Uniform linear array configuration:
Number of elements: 8
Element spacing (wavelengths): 1
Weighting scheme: kaiser
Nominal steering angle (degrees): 0
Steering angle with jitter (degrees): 1.933
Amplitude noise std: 0.05
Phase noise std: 0.05

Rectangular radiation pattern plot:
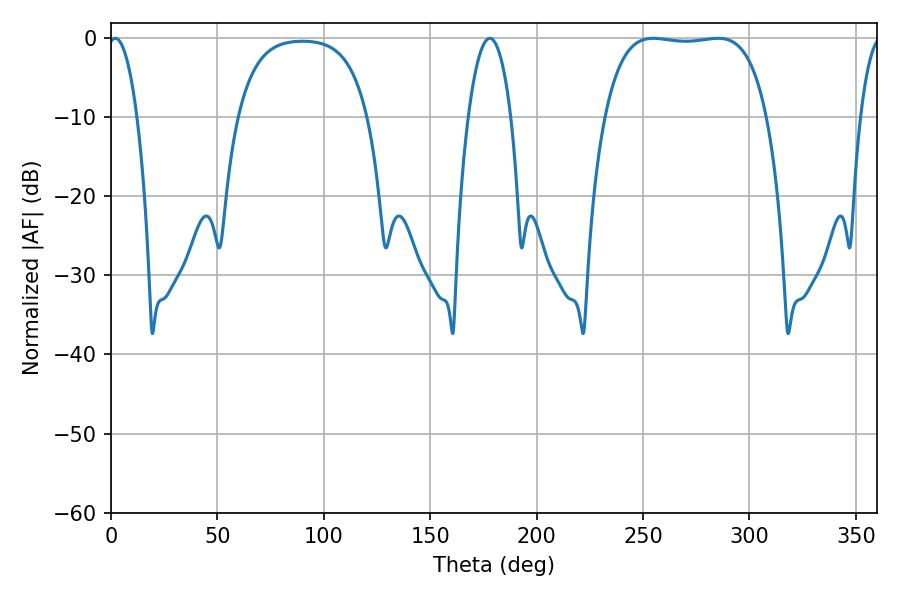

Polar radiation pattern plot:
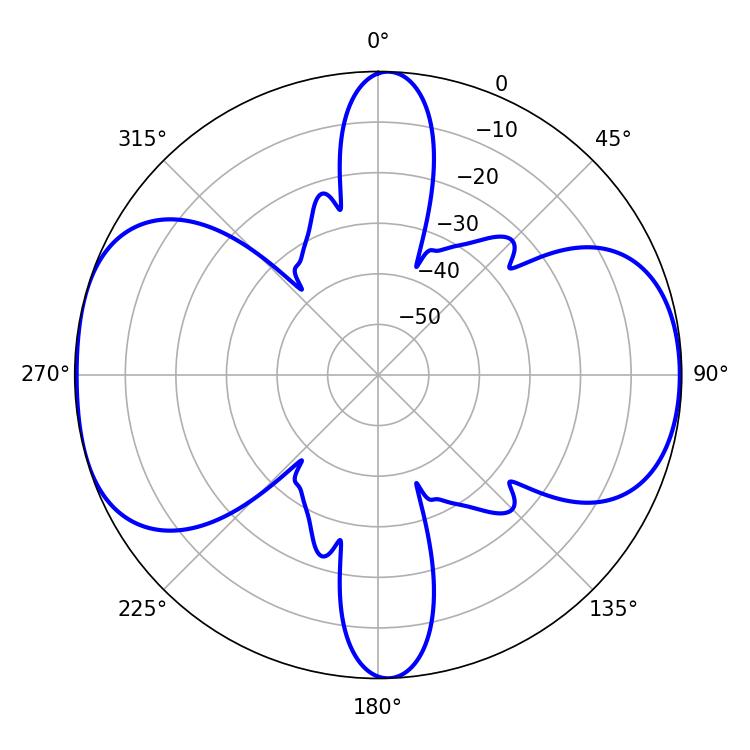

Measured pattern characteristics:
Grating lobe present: TRUE
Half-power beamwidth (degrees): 60.12
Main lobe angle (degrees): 254.7